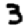
Digit: 3